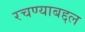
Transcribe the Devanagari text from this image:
रचण्याबद्दल